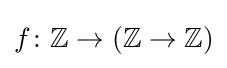
f\colon {\mathbb {Z} }\to ({\mathbb {Z} }\to {\mathbb {Z} })